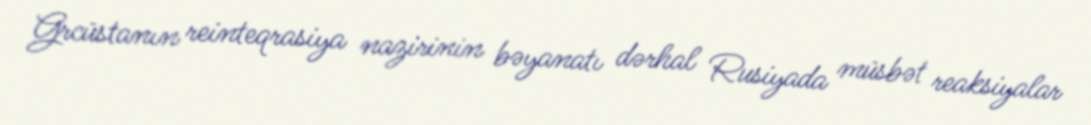
Grcüstanın reinteqrasiya nazirinin bəyanatı dərhal Rusiyada müsbət reaksiyalar